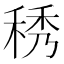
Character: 䅎